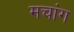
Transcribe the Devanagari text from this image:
मचांग